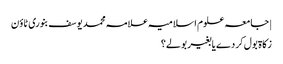
| جامعہ علوم اسلامیہ علامہ محمد یوسف بنوری ٹاؤن
زکاۃ بول کر دے یا بغیر بولے؟